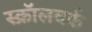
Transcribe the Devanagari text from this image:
स्क्रॉलवर्क